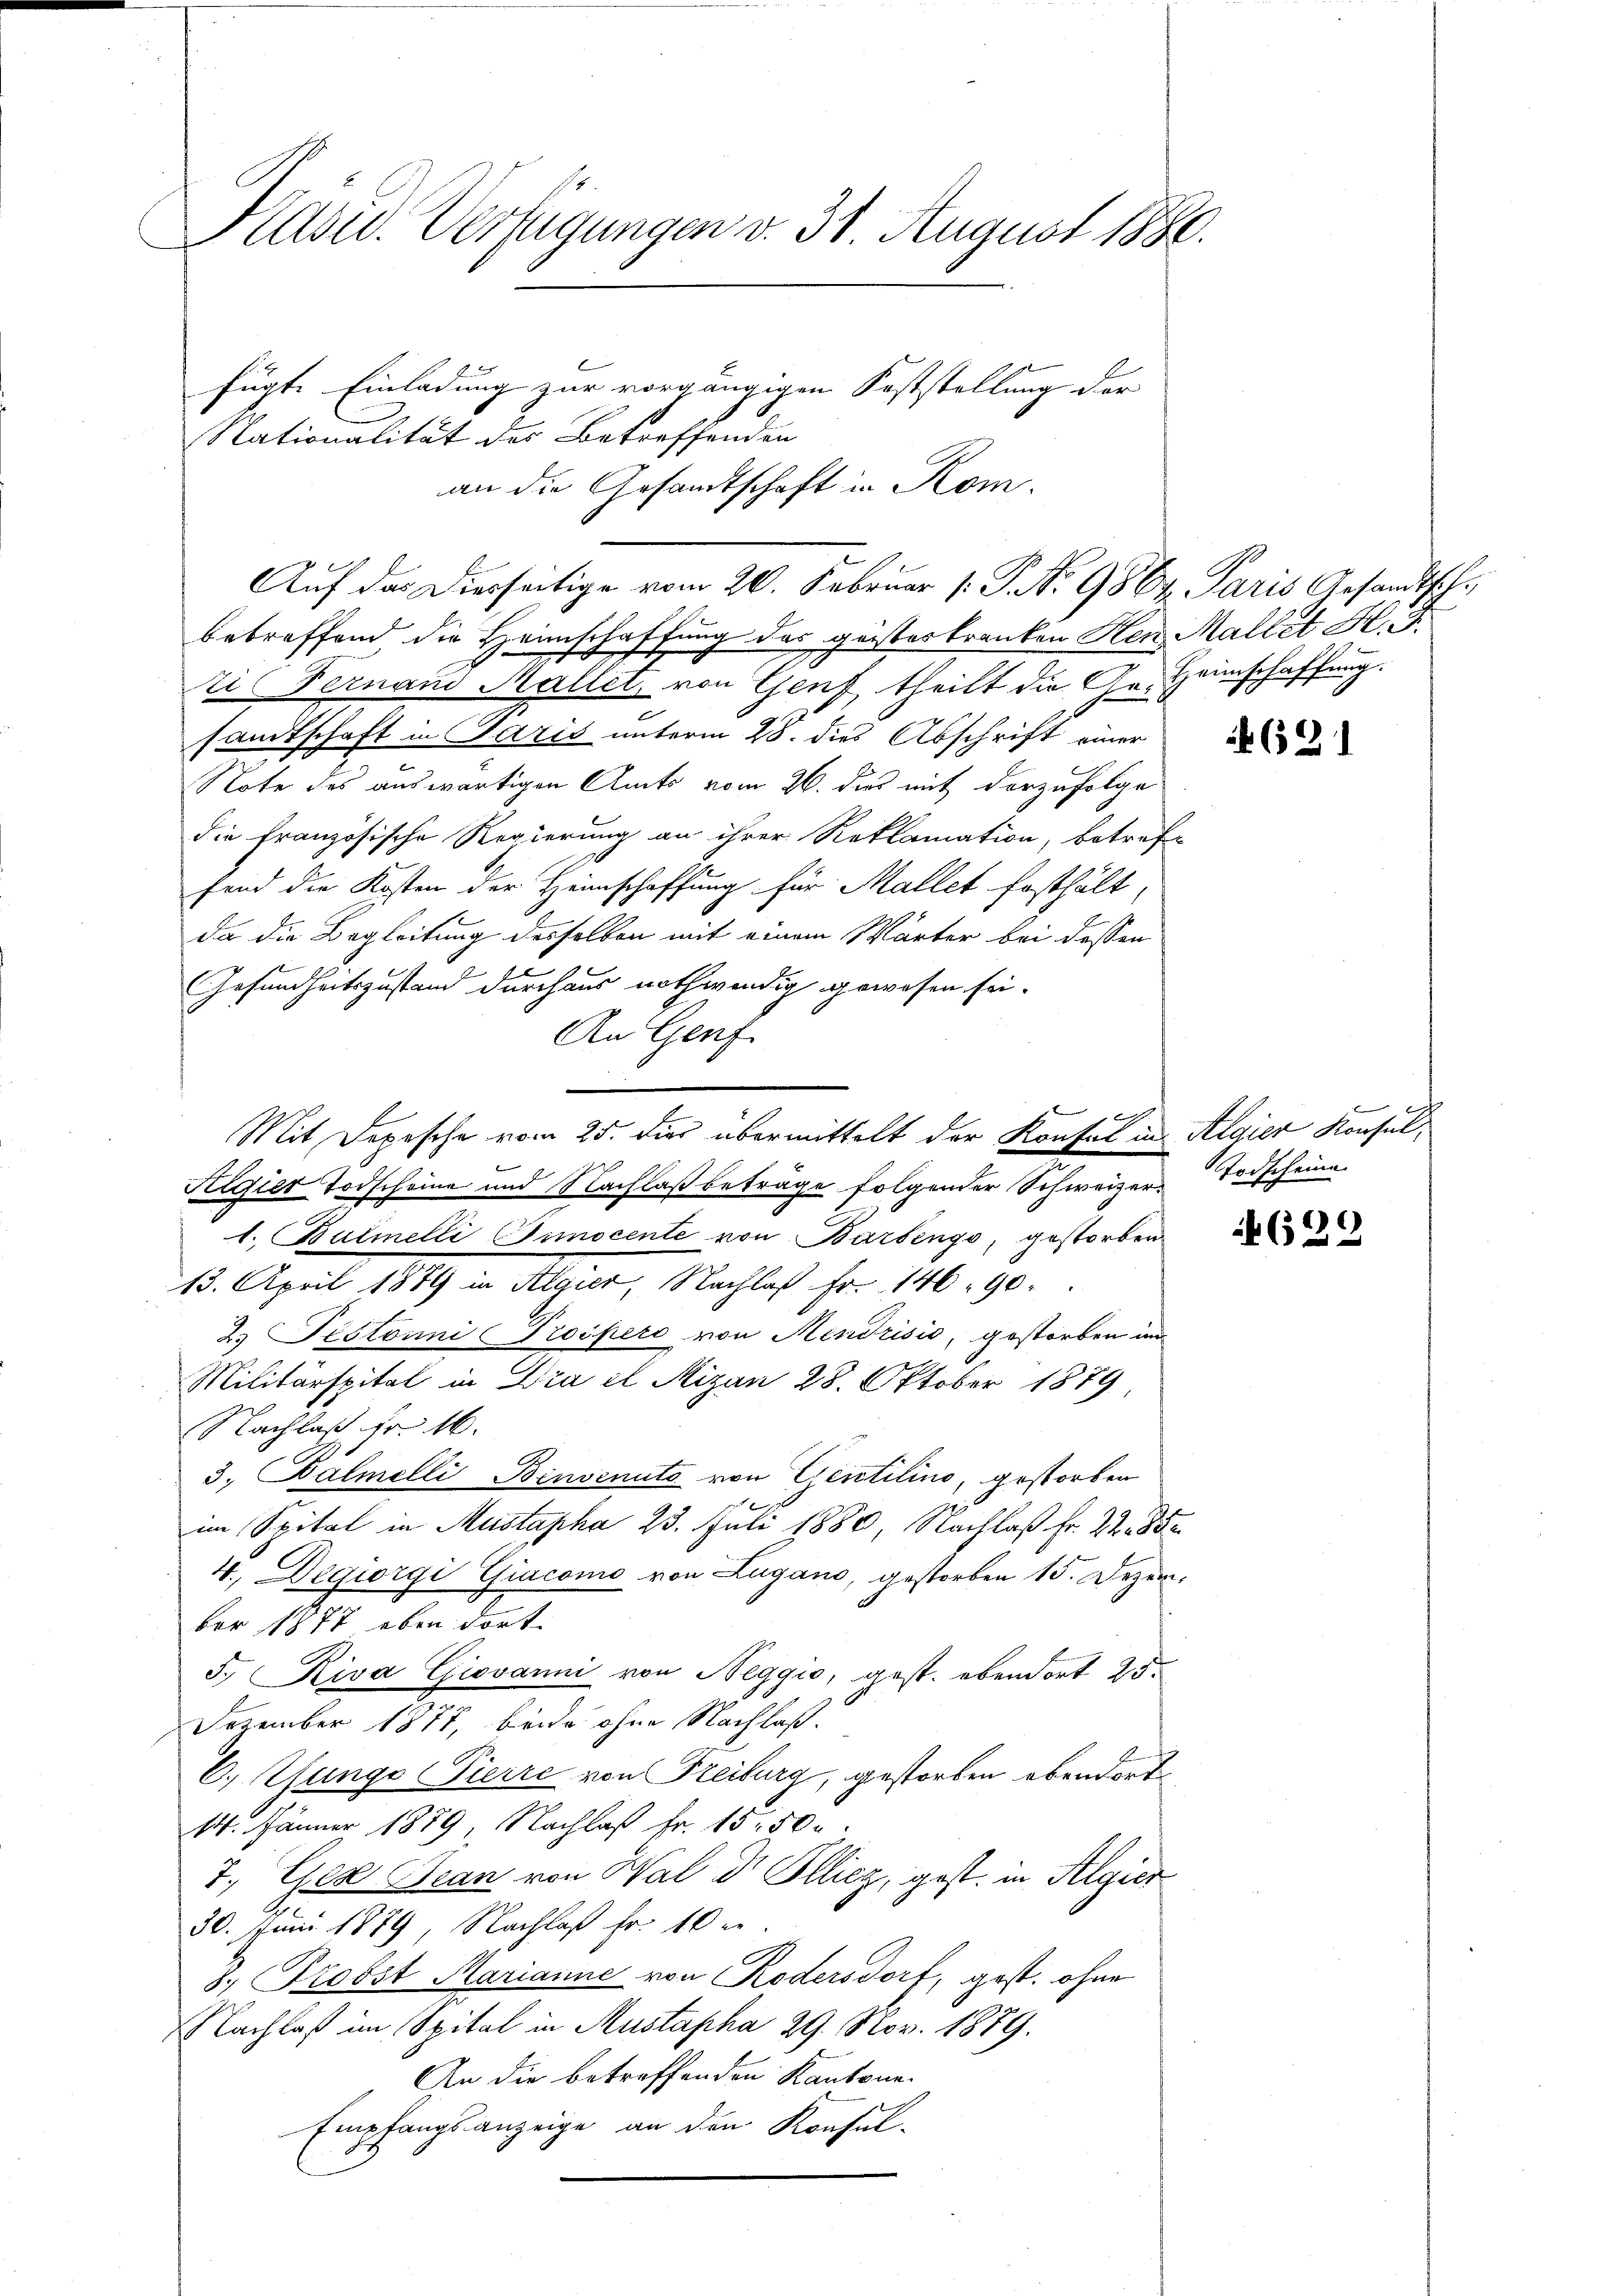
Hasel. Verfügungen v. 31 August 1880.
fügte Einladung zur vorgängigen Koststellung der
Nationalität des Betreffenden

an die Gesandtschaft in Rom.
betreffend die Heimschaffung des geisteskranken Her Mallet H. G.
ti Fernand Maller, von Genf, theilt die Ge- Heimschaffung.
sandtschaft in Paris unterm 28. dies Abschrift einer
Note des auswärtigen Amts vom 26. des mit derzufolge
die französische Regierung an ihrer Reklamation, betref-
fond die Kosten der Heimschaffung für Mallet festhält,
da die Begleitung desselben mit einem Wärter bei dessen
Gesundheitszustand durchaus nothwendig gewesen sei-
An Genf
Mit Depesche vom 25. dies übermittelt der Konfel in Algier Konsel¬
Stigier Todscheine und Nachlaß beträge folgender Schweizer Todscheine
1. Balmelli (Timocente von Barsengo, gestorben
13. April 1879 in Algier, Nachlaß Fr. 14690.
2. Festonni Prospers von Mendrisis, gestorben im
Militärspital in Dra el Mizan 28. Oktober 1879
Nachlaß fr. 16.
3. Balmelli Benvenuto von Gentilino, gestorben
im Spital in Mustapha 23. Juli 1880, Nachlaß fr. 22. 352.
4., Degiorgi Giacomo von Lugano, gestorben 15. Dezember 1877 eben dort.
5. Riva Giovanni von Neggio, gest. ebendort 25.
Dezember 1877, beide ohne Nachlaß.
C. Zunge Pierre von Freiburg, gestorben ebendort
14. Jänner 1879, Nachlaß fr. 15. 50 r.
7. Gese Bean von Wald. Ellicz, gest. in Algier
30. Juni 1879, Nachlaß fr. 10 er
8. Probst Marianne von Rodersdorf, gest. ohne
NNachlaß im Spital in Austapha 29. Nov. 1879.
An die betreffenden Kantone.
Empfangsanzeige an den Konsul-

Aŭf das Dierseitige vom 20. Februar (: P. Nr. 986. Paris Gesandtsch

A.

621

B

(29